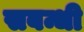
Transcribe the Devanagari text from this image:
सबन्धी